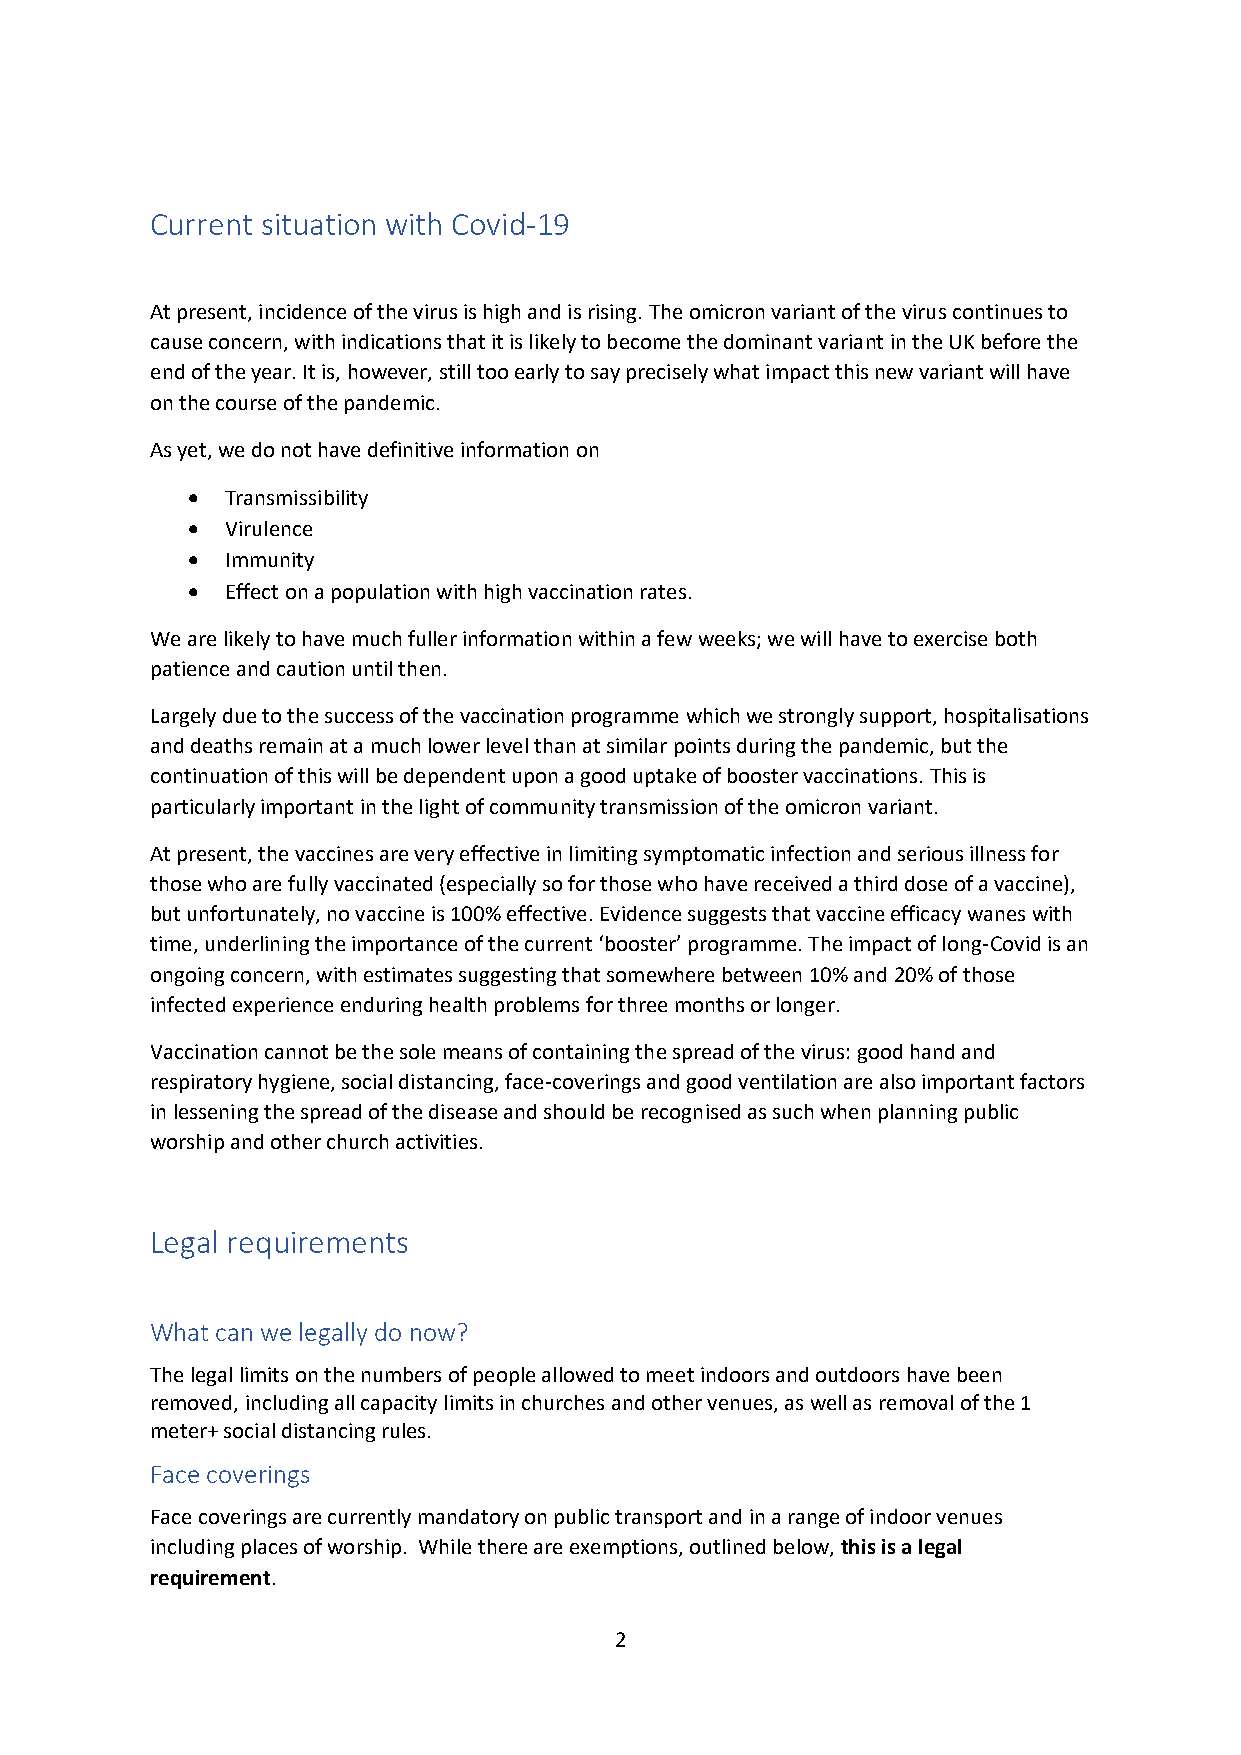
Current situation with Covid-19
 At present, incidence of the virus is high and is rising. The omicron variant of the virus continues to
 cause concern, with indications that it is likely to become the dominant variant in the UK before the
 end of the year. It is, however, still too early to say precisely what impact this new variant will have
 on the course of the pandemic.
 As yet, we do not have definitive information on
 •  Transmissibility
 •  Virulence
 •  Immunity
 •  Effect on a population with high vaccination rates.
 We are likely to have much fuller information within a few weeks; we will have to exercise both
 patience and caution until then.
 Largely due to the success of the vaccination programme which we strongly support, hospitalisations
 and deaths remain at a much lower level than at similar points during the pandemic, but the
 continuation of this will be dependent upon a good uptake of booster vaccinations. This is
 particularly important in the light of community transmission of the omicron variant.
 At present, the vaccines are very effective in limiting symptomatic infection and serious illness for
 those who are fully vaccinated (especially so for those who have received a third dose of a vaccine),
 but unfortunately, no vaccine is 100% effective. Evidence suggests that vaccine efficacy wanes with
 time, underlining the importance of the current ‘booster’ programme. The impact of long-Covid is an
 ongoing concern, with estimates suggesting that somewhere between 10% and 20% of those
 infected experience enduring health problems for three months or longer.
 Vaccination cannot be the sole means of containing the spread of the virus: good hand and
 respiratory hygiene, social distancing, face-coverings and good ventilation are also important factors
 in lessening the spread of the disease and should be recognised as such when planning public
 worship and other church activities.
 Legal requirements
 What can we legally do now?
 The legal limits on the numbers of people allowed to meet indoors and outdoors have been
 removed, including all capacity limits in churches and other venues, as well as removal of the 1
 meter+ social distancing rules.
 Face coverings
 Face coverings are currently mandatory on public transport and in a range of indoor venues
 including places of worship. While there are exemptions, outlined below, this is a legal
 requirement.
 2